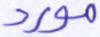
مورد